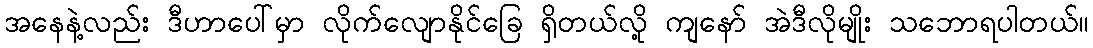
အနေနဲ့လည်း ဒီဟာပေါ်မှာ လိုက်လျောနိုင်ခြေ ရှိတယ်လို့ ကျနော် အဲဒီလိုမျိုး သဘောရပါတယ်။